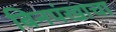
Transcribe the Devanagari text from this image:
बिनपंखाचा